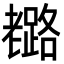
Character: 𦓉